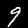
Digit: 9